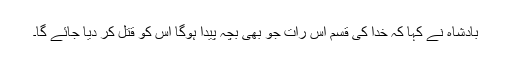
بادشاہ نے کہا کہ خدا کی قسم اس رات جو بھی بچہ پیدا ہوگا اس کو قتل کر دیا جائے گا۔